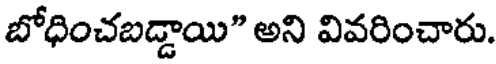
బోధించబడ్డాయి" అని వివరించారు.